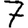
Digit: 7